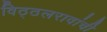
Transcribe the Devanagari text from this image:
विठ्ठलरावांची